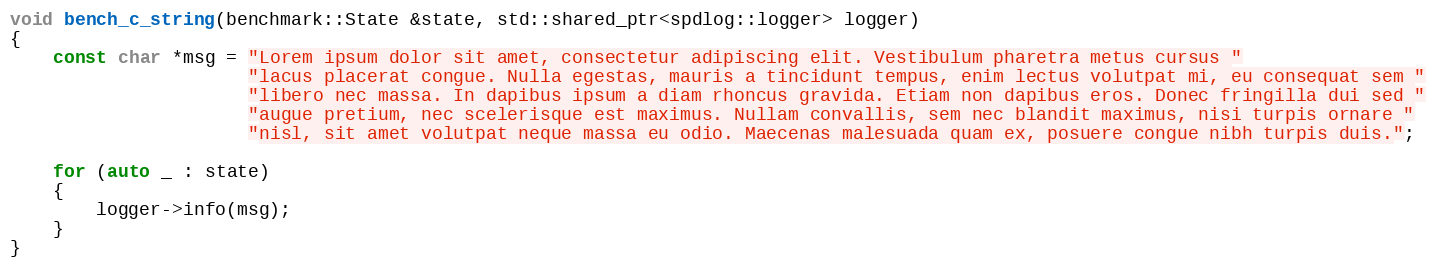
Language: C++
void bench_c_string(benchmark::State &state, std::shared_ptr<spdlog::logger> logger)
{
    const char *msg = "Lorem ipsum dolor sit amet, consectetur adipiscing elit. Vestibulum pharetra metus cursus "
                      "lacus placerat congue. Nulla egestas, mauris a tincidunt tempus, enim lectus volutpat mi, eu consequat sem "
                      "libero nec massa. In dapibus ipsum a diam rhoncus gravida. Etiam non dapibus eros. Donec fringilla dui sed "
                      "augue pretium, nec scelerisque est maximus. Nullam convallis, sem nec blandit maximus, nisi turpis ornare "
                      "nisl, sit amet volutpat neque massa eu odio. Maecenas malesuada quam ex, posuere congue nibh turpis duis.";

    for (auto _ : state)
    {
        logger->info(msg);
    }
}